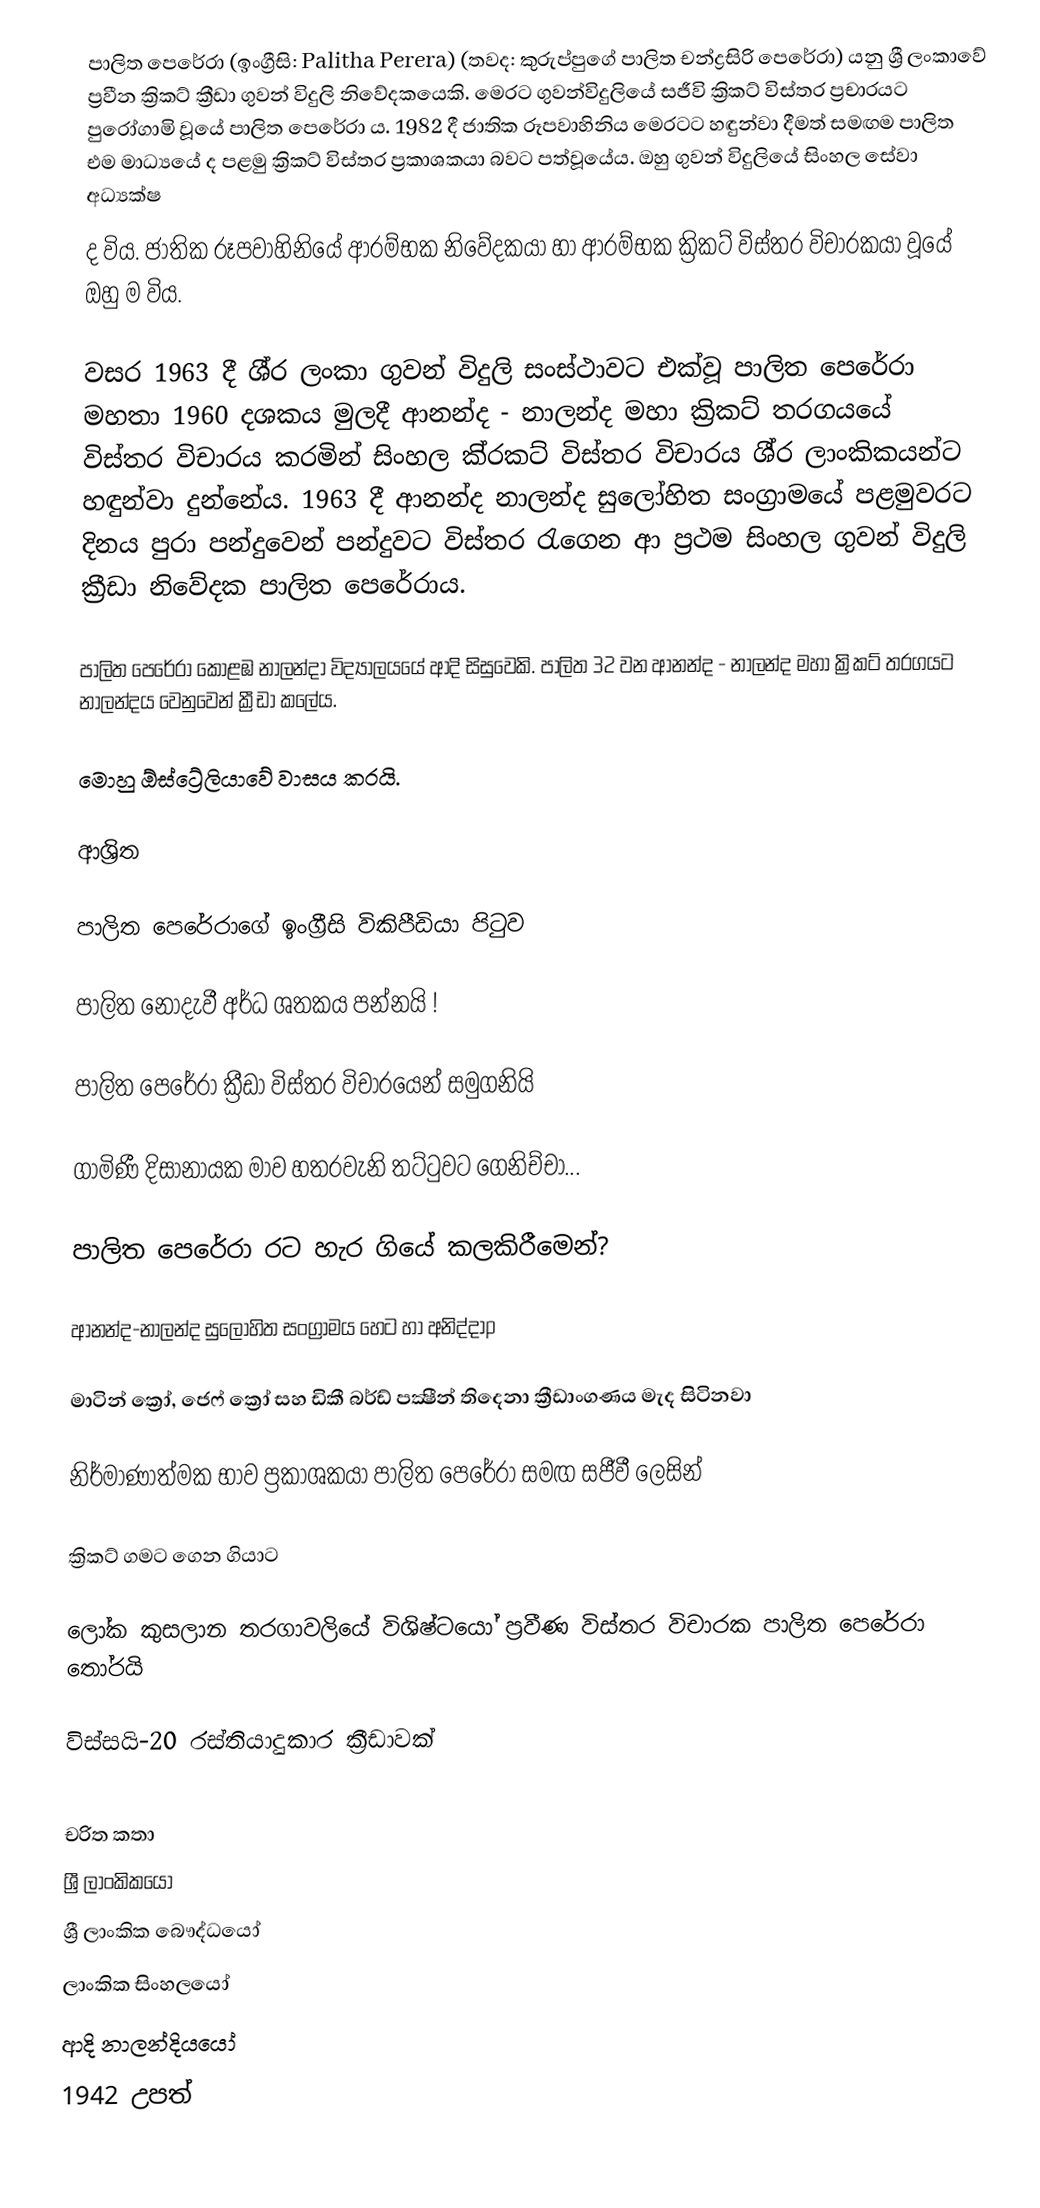
පාලිත පෙරේරා  (ඉංග්‍රීසි: Palitha Perera) (තවද: කුරුප්පුගේ පාලිත චන්ද්‍රසිරි පෙරේරා) යනු   ශ්‍රී ලංකාවේ ප්‍රවීන ක්‍රිකට් ක්‍රීඩා ගුවන් විදුලි නිවේදකයෙකි. මෙරට ගුවන්විදුලියේ සජීවි ක්‍රිකට් විස්තර ප්‍රචාරයට පුරෝගාමි වූයේ පාලිත පෙරේරා ය. 1982 දී ජාතික රූපවාහිනිය මෙරටට හඳුන්වා දීමත් සමඟම පාලිත එම මාධ්‍යයේ ද පළමු ක්‍රිකට් විස්තර ප්‍රකාශකයා බවට පත්වූයේය. ඔහු ගුවන් විදුලියේ සිංහල සේවා අධ්‍යක්ෂ
ද විය. ජාතික රූපවාහිනියේ ආරම්භක නිවේදකයා හා ආරම්භක ක්‍රිකට් විස්තර විචාරකයා වූයේ ඔහු ම විය.

වසර 1963 දී ශී‍්‍ර ලංකා ගුවන් විදුලි සංස්ථාවට එක්වූ පාලිත පෙරේරා මහතා 1960 දශකය මුලදී ආනන්ද - නාලන්ද මහා ක්‍රිකට් තරගයයේ විස්තර විචාරය කරමින් සිංහල කි‍්‍රකට් විස්තර විචාරය ශී‍්‍ර ලාංකිකයන්ට හඳුන්වා දුන්නේය. 1963 දී ආනන්ද නාලන්ද සුලෝහිත සංග්‍රාමයේ පළමුවරට දිනය පුරා පන්දුවෙන් පන්දුවට විස්තර රැගෙන ආ ප්‍රථම සිංහල ගුවන් විදුලි ක්‍රීඩා නිවේදක පාලිත පෙරේරාය.

පාලිත පෙරේරා  කොළඹ නාලන්දා විද්‍යාලයයේ ආදි සිසුවෙකි.  පාලිත 32 වන ආනන්ද - නාලන්ද මහා ක්‍රිකට් තරගයට නාලන්දය වෙනුවෙන් ක්‍රීඩා කලේය.

මොහු ඕස්ට්‍රේලියාවේ වාසය කරයි.

ආශ්‍රිත

  පාලිත පෙරේරාගේ ඉංග්‍රීසි විකිපීඩියා පිටුව

 පාලිත නොදැවී අර්ධ ශතකය පන්නයි !

 පාලිත පෙරේරා ක්‍රීඩා විස්තර විචාරයෙන් සමුගනියි

 ගාමිණී දිසානායක මාව හතරවැනි තට්‌ටුවට ගෙනිච්චා...

 පාලිත පෙරේරා රට හැර ගියේ කලකිරීමෙන්?

 ආනන්ද-නාලන්ද සුලෝහිත සංග්‍රාමය හෙට හා අනිද්දාp

 මාටින් ක්‍රෝ, ජෙෆ් ක්‍රෝ සහ ඩිකී බර්ඩ් පක්‍ෂීන් තිදෙනා ක්‍රීඩාංගණය මැද සිටිනවා

 නිර්මාණාත්මක භාව ප්‍රකාශකයා පාලිත පෙරේරා සමඟ සජීවී ලෙසින්

 ක්‍රිකට් ගමට ගෙන ගියාට

 ලෝක කුසලාන තරගාවලියේ විශිෂ්ටයෝ ප්‍රවීණ විස්තර විචාරක පාලිත පෙරේරා තෝරයි

 විස්සයි-20 රස්තියාදුකාර ක්‍රීඩාවක්

චරිත කතා
ශ්‍රී ලාංකිකයෝ
ශ්‍රී ලාංකික බෞද්ධයෝ
ලාංකික සිංහලයෝ
ආදි නාලන්දියයෝ
1942 උපත්